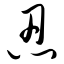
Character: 忍